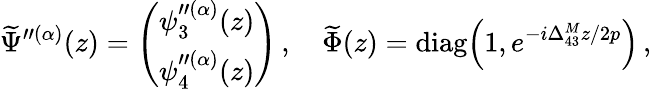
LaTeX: \widetilde\Psi^{\prime\prime(\alpha)}(z)=\left(\begin{array}{c}{{\psi_{3}^{\prime\prime(\alpha)}(z)}}\\ {{\psi_{4}^{\prime\prime(\alpha)}(z)}}\end{array}\right)\, ,\quad\widetilde\Phi(z)=\mathrm{diag}\! \left(1,e^{-i\Delta_{43}^{M}z/2p}\right)\, ,